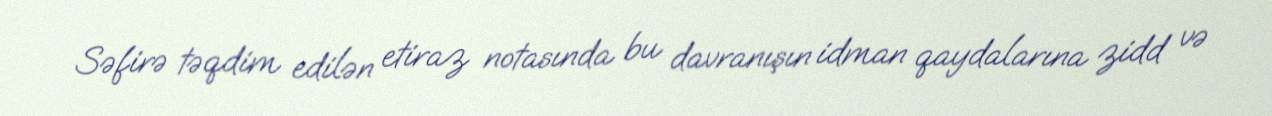
Səfirə təqdim edilən etiraz notasında bu davranışın idman qaydalarına zidd və